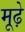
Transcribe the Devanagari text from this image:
मूढे़